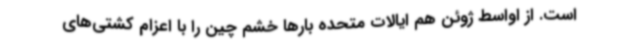
است. از اواسط ژوئن هم ایالات متحده بارها خشم چین را با اعزام کشتی‌های